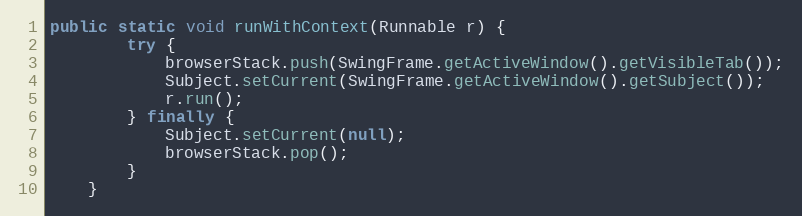
Language: Java
public static void runWithContext(Runnable r) {
		try {
			browserStack.push(SwingFrame.getActiveWindow().getVisibleTab());
			Subject.setCurrent(SwingFrame.getActiveWindow().getSubject());
			r.run();
		} finally {
			Subject.setCurrent(null);
			browserStack.pop();
		}
	}